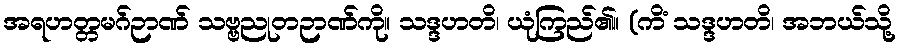
အရဟတ္တမဂ်ဉာဏ် သဗ္ဗညုတဉာဏ်ကို။ သဒ္ဒဟတိ၊ ယုံကြည်၏။ (ကိံ သဒ္ဒဟတိ၊ အဘယ်သို့